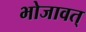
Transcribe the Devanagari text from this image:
भोजावत्